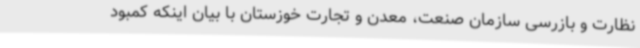
نظارت و بازرسی سازمان صنعت، معدن و تجارت خوزستان با بیان اینکه کمبود